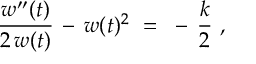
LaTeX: { \frac { w ^ { \prime \prime } ( t ) } { 2 \, w ( t ) } } \, - \, w ( t ) ^ { 2 } ~ = ~ - \, { \frac { k } { 2 } } ~ ,